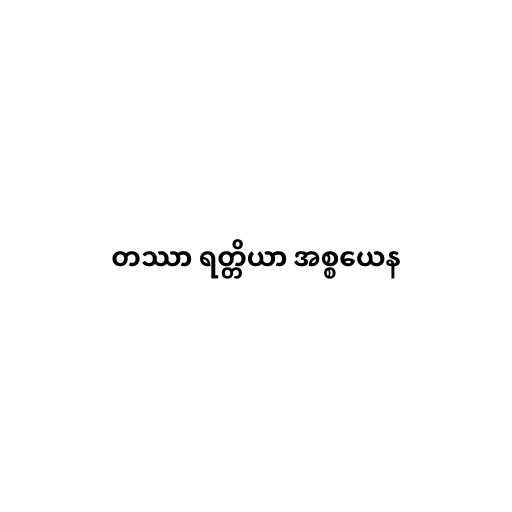
တဿာ ရတ္တိယာ အစ္စယေန